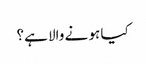
کیا ہو نے والا ہے؟